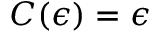
C ( \epsilon ) = \epsilon